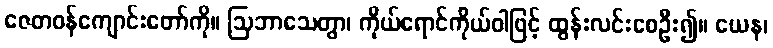
ဇေတဝန်ကျောင်းတော်ကို။ ဩဘာသေတွာ၊ ကိုယ်ရောင်ကိုယ်ဝါဖြင့် ထွန်းလင်းစေဦး၍။ ယေန၊